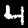
Digit: 4